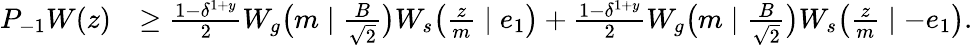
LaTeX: \begin{array}{rl}{P_{-1}W(z)}&{\geq\frac{1-\delta^{1+y}}{2}W_{g}\big(m\mid\frac{B}{\sqrt{2}}\big)W_{s}\big(\frac{z}{m}\mid e_{1}\big)+\frac{1-\delta^{1+y}}{2}W_{g}\big(m\mid\frac{B}{\sqrt{2}}\big)W_{s}\big(\frac{z}{m}\mid-e_{1}\big).}\end{array}